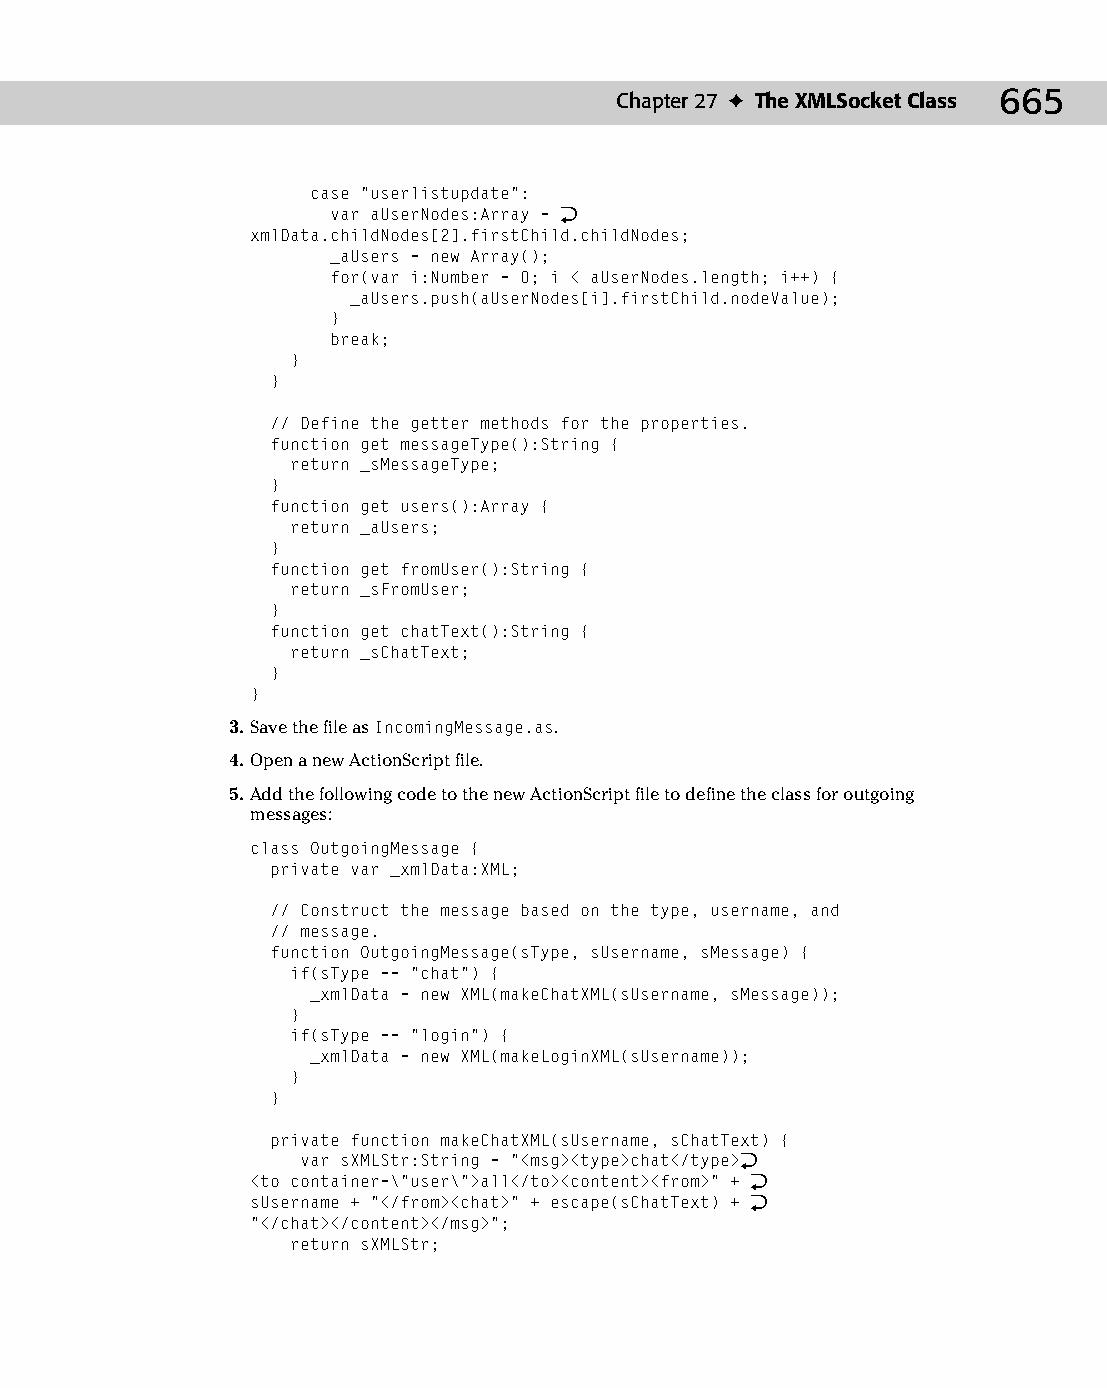
35 543547 ch27.qxd 3/24/04 4:08 PM Page 665
 Chapter 27 ✦ The XMLSocket Class 665
 case “userlistupdate”:
 var aUserNodes:Array = Æ
 xmlData.childNodes[2].firstChild.childNodes;
 _aUsers = new Array();
 for(var i:Number = 0; i < aUserNodes.length; i++) {
 _aUsers.push(aUserNodes[i].firstChild.nodeValue);
 }
 break;
 }
 }
 // Define the getter methods for the properties.
 function get messageType():String {
 return _sMessageType;
 }
 function get users():Array {
 return _aUsers;
 }
 function get fromUser():String {
 return _sFromUser;
 }
 function get chatText():String {
 return _sChatText;
 }
 }
 3. Save the file as IncomingMessage.as.
 4. Open a new ActionScript file.
 5. Add the following code to the new ActionScript file to define the class for outgoing
 messages:
 class OutgoingMessage {
 private var _xmlData:XML;
 // Construct the message based on the type, username, and
 // message.
 function OutgoingMessage(sType, sUsername, sMessage) {
 if(sType == “chat”) {
 _xmlData = new XML(makeChatXML(sUsername, sMessage));
 }
 if(sType == “login”) {
 _xmlData = new XML(makeLoginXML(sUsername));
 }
 }
 private function makeChatXML(sUsername, sChatText) {
 var sXMLStr:String = “<msg><type>chat</type>Æ
 <to container=\”user\”>all</to><content><from>” + Æ
 sUsername + “</from><chat>” + escape(sChatText) + Æ
 “</chat></content></msg>”;
 return sXMLStr;